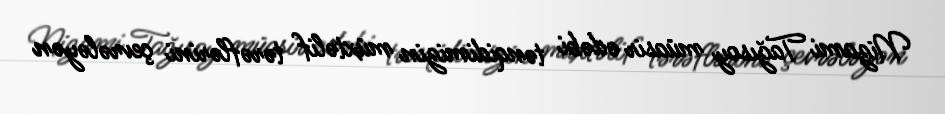
Nizami Tağısoy müasir ədəbi tənqidimizin müxtəlif tərəflərini çevrələyən